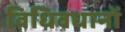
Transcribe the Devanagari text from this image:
विधिवधानों